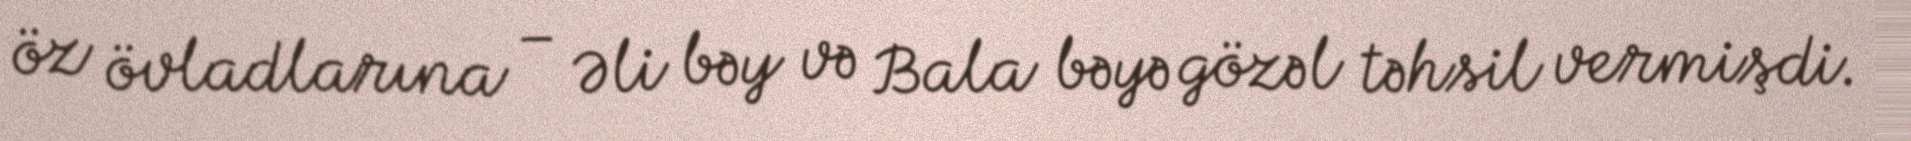
öz övladlarına – Əli bəy və Bala bəyə gözəl təhsil vermişdi.